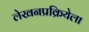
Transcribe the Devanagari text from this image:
लेखनप्रक्रियेला